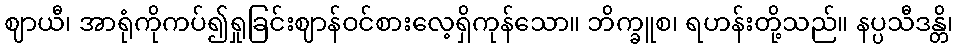
ဈာယီ၊ အာရုံကိုကပ်၍ရှုခြင်းဈာန်ဝင်စားလေ့ရှိကုန်သော။ ဘိက္ခူစ၊ ရဟန်းတို့သည်။ နပ္ပသီဒန္တိ၊